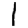
Digit: 1